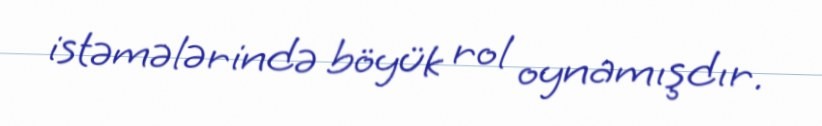
istəmələrində böyük rol oynamışdır.